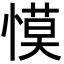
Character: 慔